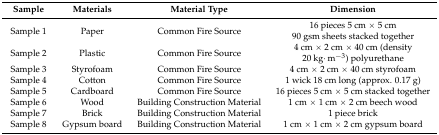
<table><thead><tr><td><b>Sample</b></td><td><b>Materials</b></td><td><b>Material Type</b></td><td><b>Dimension</b></td></tr></thead><tbody><tr><td>Sample 1</td><td>Paper</td><td>Common Fire Source</td><td>16 pieces 5 cm × 5 cm 90 gsm sheets stacked together</td></tr><tr><td>Sample 2</td><td>Plastic</td><td>Common Fire Source</td><td>4 cm × 2 cm × 40 cm (density 20 kg·m<sup>−3</sup>) polyurethane</td></tr><tr><td>Sample 3</td><td>Styrofoam</td><td>Common Fire Source</td><td>4 cm × 2 cm × 40 cm styrofoam</td></tr><tr><td>Sample 4</td><td>Cotton</td><td>Common Fire Source</td><td>1 wick 18 cm long (approx. 0.17 g)</td></tr><tr><td>Sample 5</td><td>Cardboard</td><td>Common Fire Source</td><td>16 pieces 5 cm × 5 cm stacked together</td></tr><tr><td>Sample 6</td><td>Wood</td><td>Building Construction Material</td><td>1 cm × 1 cm × 2 cm beech wood</td></tr><tr><td>Sample 7</td><td>Brick</td><td>Building Construction Material</td><td>1 piece brick</td></tr><tr><td>Sample 8</td><td>Gypsum board</td><td>Building Construction Material</td><td>1 cm × 1 cm × 2 cm gypsum board</td></tr></tbody></table>